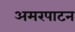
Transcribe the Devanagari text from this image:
अमरपाटन